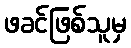
ဖခင်ဖြစ်သူမှ